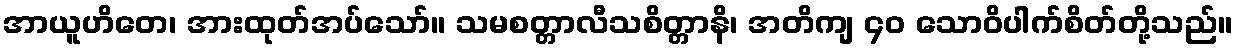
အာယူဟိတေ၊ အားထုတ်အပ်သော်။ သမစတ္တာလီသစိတ္တာနိ၊ အတိကျ ၄၀ သောဝိပါက်စိတ်တို့သည်။